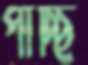
পাচ্ছি